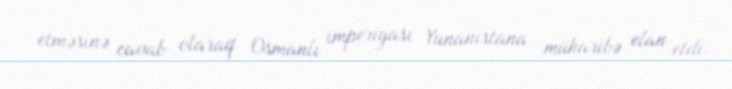
etməsinə cavab olaraq Osmanlı imperiyası Yunanıstana müharibə elan etdi.